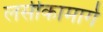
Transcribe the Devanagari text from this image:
लसीकामार्ग